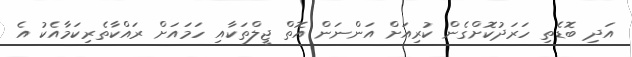
އަދި ބޮޑެތި ހަރަދުކޮށްގެން ކުރިއަށް އަންނަން އޮތް ޖީލްތަކާއި ހަމައަށް ރައްކާތެރިކަމާއެކު އެ